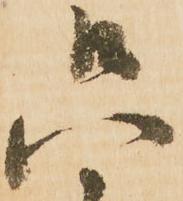
只